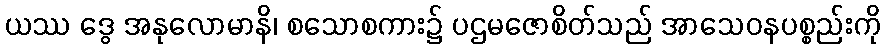
ယဿ ဒွေ အနုလောမာနိ၊ စသောစကား၌ ပဌမဇောစိတ်သည် အာသေဝနပစ္စည်းကို